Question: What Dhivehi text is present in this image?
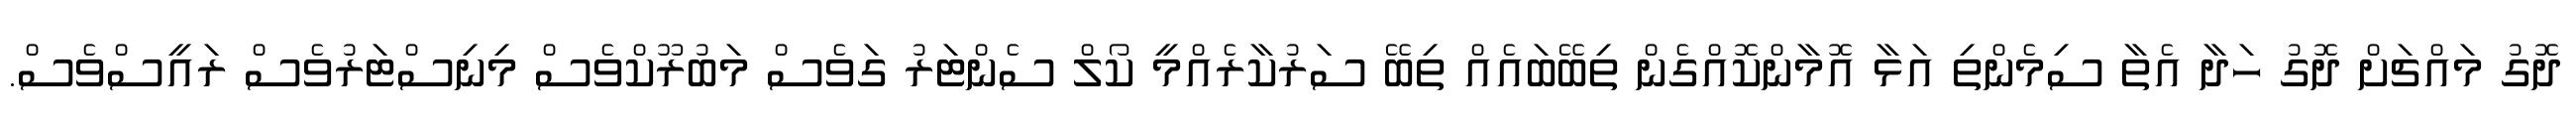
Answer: ދޮގު މައްޗަށް ދޮގު ހަދާ އެތާ ސިމެންތި އަޅާ އޮމާންކޮއްގެން ތިބޭބައެއް ތިބޭ ސަރުކާރެއްމީ ކޯލް ސެންޓަރު ގަވެސް މަބުރޫކްވެސް މިނިސްޓަރުވެސް ރައީސްވެސް.